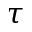
\tau